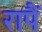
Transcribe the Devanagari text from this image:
रापैं